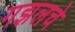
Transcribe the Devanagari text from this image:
गझलचे